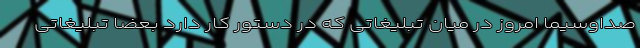
صداوسیما امروز در میانِ تبلیغاتی که در دستور کار دارد بعضاً تبلیغاتی